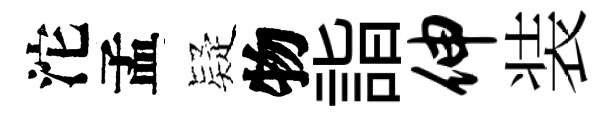
沱孟疑物詣伸装